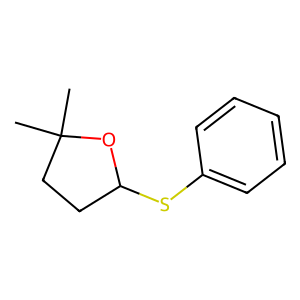
SMILES: CC1(C)CCC(Sc2ccccc2)O1
Inhibits HIV replication: No